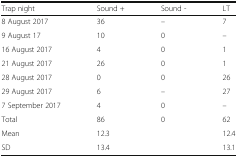
<table><thead><tr><td><b>Trap night</b></td><td><b>Sound +</b></td><td><b>Sound -</b></td><td><b>LT</b></td></tr></thead><tbody><tr><td>8 August 2017</td><td>36</td><td>–</td><td>7</td></tr><tr><td>9 August 17</td><td>10</td><td>0</td><td>–</td></tr><tr><td>16 August 2017</td><td>4</td><td>0</td><td>1</td></tr><tr><td>21 August 2017</td><td>26</td><td>0</td><td>1</td></tr><tr><td>28 August 2017</td><td>0</td><td>0</td><td>26</td></tr><tr><td>29 August 2017</td><td>6</td><td>–</td><td>27</td></tr><tr><td>7 September 2017</td><td>4</td><td>0</td><td>–</td></tr><tr><td>Total</td><td>86</td><td>0</td><td>62</td></tr><tr><td>Mean</td><td>12.3</td><td>[EMPTY_CELL]</td><td>12.4</td></tr><tr><td>SD</td><td>13.4</td><td>[EMPTY_CELL]</td><td>13.1</td></tr></tbody></table>